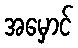
အမှောင်